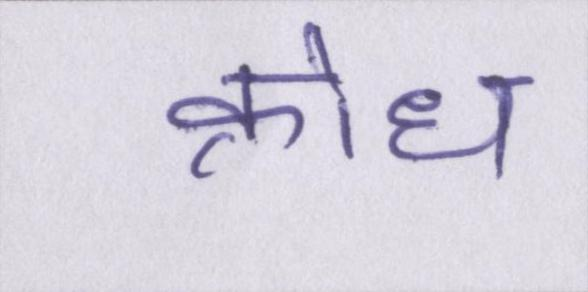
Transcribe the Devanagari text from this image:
क्रोध